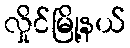
လှိုင်မြို့နယ်